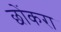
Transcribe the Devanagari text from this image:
छोंकरा